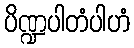
ပိဏ္ဍပါတံပါဟံ